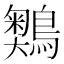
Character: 𪅞